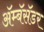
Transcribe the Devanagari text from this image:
ॲम्बॅसॅडर